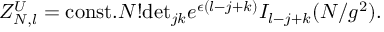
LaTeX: Z _ { N , l } ^ { U } = \mathrm { c o n s t . } N ! \mathrm { d e t } _ { j k } e ^ { \epsilon ( l - j + k ) } I _ { l - j + k } ( N / g ^ { 2 } ) .